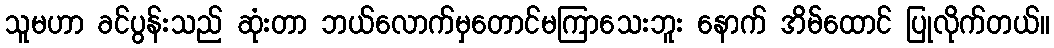
သူမဟာ ခင်ပွန်းသည် ဆုံးတာ ဘယ်လောက်မှတောင်မကြာသေးဘူး နောက် အိမ်ထောင် ပြုလိုက်တယ်။